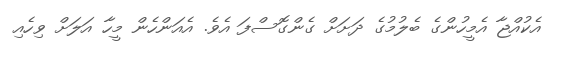
އެކުއްޖާ އެމީހުންގެ ބެލުމުގެ ދަށަށް ގެންގޮސްފަ އެވެ. އެއަންހެން މީހާ އަލަށް ވިހެއި